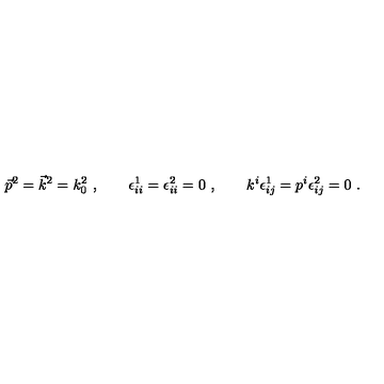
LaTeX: \vec { p } ^ { 2 } = \vec { k } ^ { 2 } = k _ { 0 } ^ { 2 } \ , \qquad \epsilon _ { i i } ^ { 1 } = \epsilon _ { i i } ^ { 2 } = 0 \ , \qquad k ^ { i } \epsilon _ { i j } ^ { 1 } = p ^ { i } \epsilon _ { i j } ^ { 2 } = 0 \ .